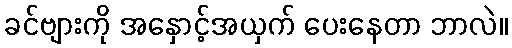
ခင်ဗျားကို အနှောင့်အယှက် ပေးနေတာ ဘာလဲ။